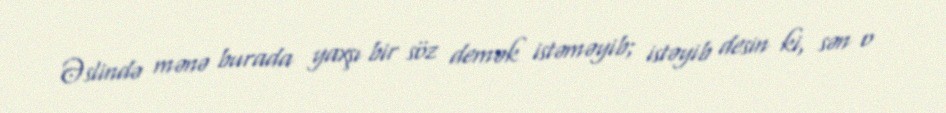
Əslində mənə burada yaxşı bir söz demək istəməyib; istəyib desin ki, sən o